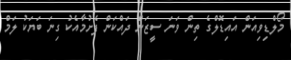
މޯލްޑިވިއަން އައިޑޮލްގެ ތިން ވަނަ ސީޒަން ދައްކަން ފެށުމާއެކު ގިނަ ބަޔަކު ލަމް